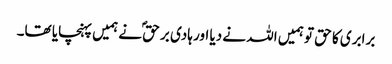
برابری کا حق تو ہمیں اللہ نے دیا اور ہادی بر حقؐ نے ہمیں پہنچایا تھا۔